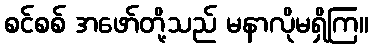
စင်စစ် အဖော်တို့သည် မနာလိုမရှိကြ။